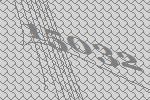
15032